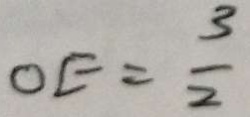
O E = \frac { 3 } { 2 }